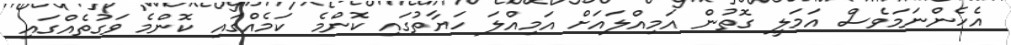
އެހެންނަމަވެސް އަމަލީ ގޮތުން އަމިއްލައަށް އަމިއްލަ ހަޔާތުގައި ކޮންމެ ކަމެއްގައި ކޮންމެ ވަގުތެއްގައި